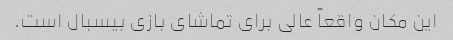
این مکان واقعاً عالی برای تماشای بازی بیسبال است.